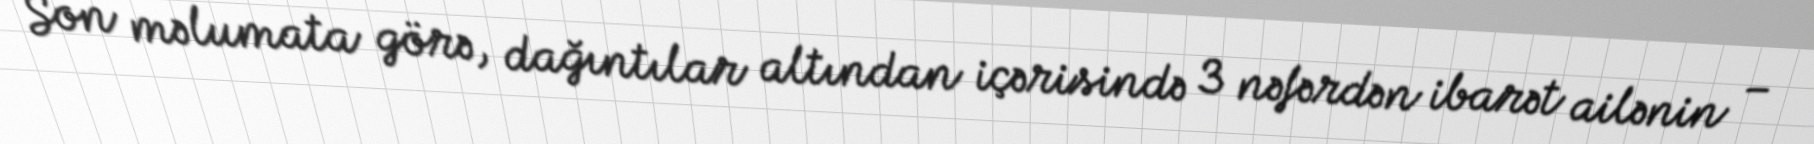
Son məlumata görə, dağıntılar altından içərisində 3 nəfərdən ibarət ailənin –